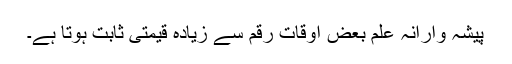
پیشہ وارانہ علم بعض اوقات رقم سے زیادہ قیمتی ثابت ہوتا ہے۔